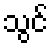
သွင်